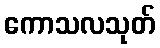
ကောသလသုတ်